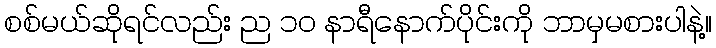
စစ်မယ်ဆိုရင်လည်း ည ၁၀ နာရီနောက်ပိုင်းကို ဘာမှမစားပါနဲ့။